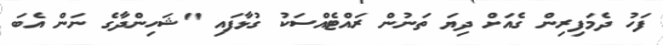
ފަހު ދެމަފިރިން ގެއަށް ދިޔަ ތަނުން ރައްޓެއްސަކު ގުޅާފައި "ޝަހިންދާގެ ނަން އެބަ